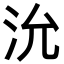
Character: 沇